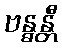
ဗန္ဓန္တီ